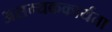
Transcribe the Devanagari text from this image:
असम्यककार्यता